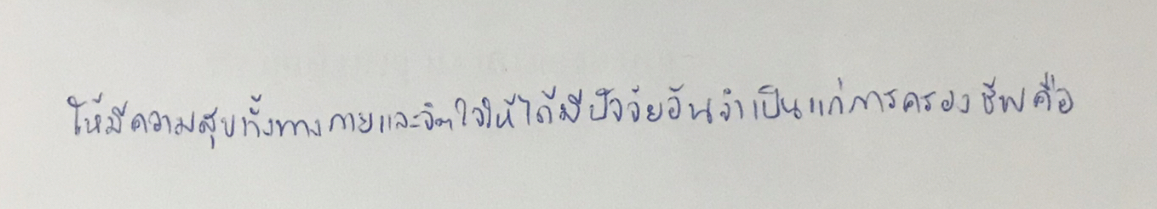
ให้มีความสุขทั้งทางกายและจิตใจให้ได้มีปัจจัยอันจำเป็นแก่การครองชีพคือ